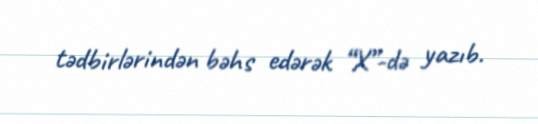
tədbirlərindən bəhs edərək “X”-də yazıb.